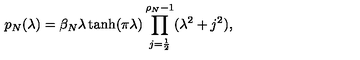
p _ { N } ( \lambda ) = \beta _ { N } \lambda \tanh ( \pi \lambda ) \prod _ { j = \frac 1 2 } ^ { \rho _ { N } - 1 } ( \lambda ^ { 2 } + j ^ { 2 } ) ,